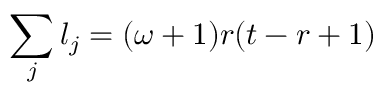
\sum _ { j } l _ { j } = ( \omega + 1 ) r ( t - r + 1 )